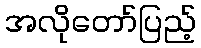
အလိုတော်ပြည့်